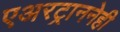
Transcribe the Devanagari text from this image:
एअरट्राननेही